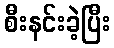
စီးနင်းခဲ့ပြီး